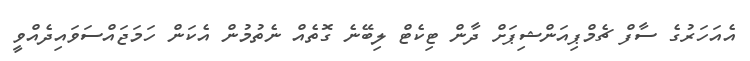
އެއަހަރުގެ ސާފް ޗެމްޕިއަންޝިޕަށް ދާން ޓިކެޓް ލިބޭނެ ގޮތެއް ނެތުމުން އެކަން ހަމަޖައްސަވައިދެއްވީ